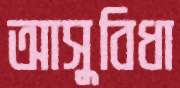
আসুবিধা